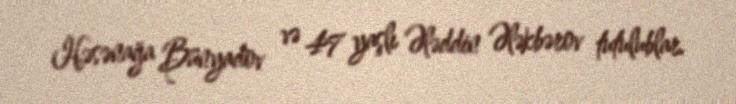
Həsənağa Bünyadov və 47 yaşlı Ələddin Ələkbərov tutulublar.